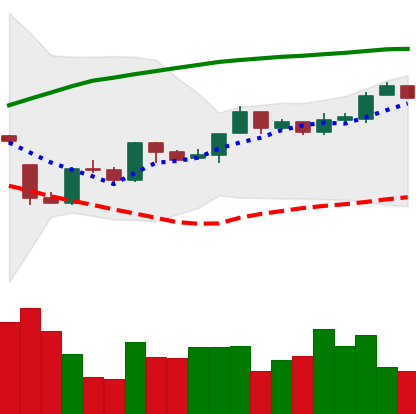
Ticker: BTC-USD
Chart end date: 2016-10-09
Forward return: 3.831%
Label: up_3_5